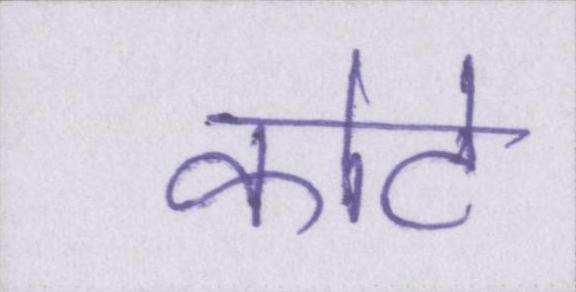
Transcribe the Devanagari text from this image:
कोटे